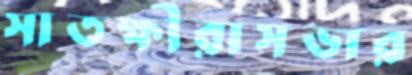
সাতক্ষীরাসভার